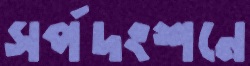
সর্পদংশনে